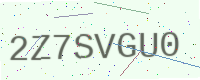
Text: 2Z7SVGU0